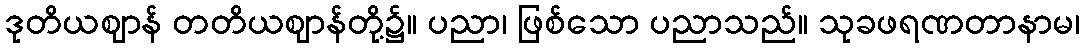
ဒုတိယဈာန် တတိယဈာန်တို့၌။ ပညာ၊ ဖြစ်သော ပညာသည်။ သုခဖရဏတာနာမ၊